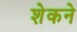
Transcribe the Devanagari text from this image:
शेकने